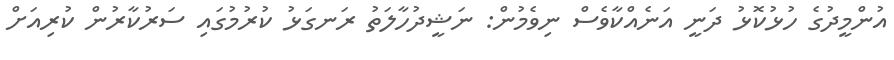
އުންމީދުގެ ހުޅުކޮޅު ދަނީ އަނެއްކާވެސް ނިވެމުން: ނަޝީދުހާލަތު ރަނގަޅު ކުރުމުގައި ސަރުކާރުން ކުރިއަށް